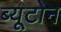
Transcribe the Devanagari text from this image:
ब्यूटोन